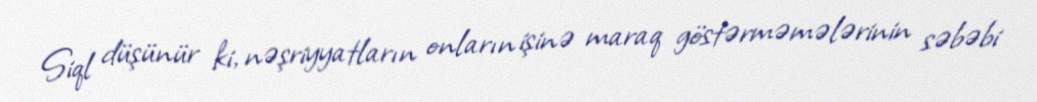
Siql düşünür ki, nəşriyyatların onların işinə maraq göstərməmələrinin səbəbi